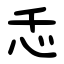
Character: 忎